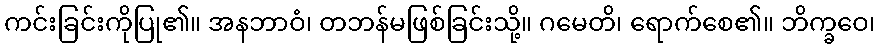
ကင်းခြင်းကိုပြု၏။ အနဘာဝံ၊ တဘန်မဖြစ်ခြင်းသို့။ ဂမေတိ၊ ရောက်စေ၏။ ဘိက္ခဝေ၊